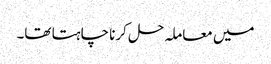
میں معاملہ حل کرنا چاہتا تھا۔